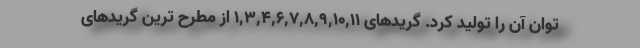
توان آن را تولید کرد. گریدهای 1,3,4,6,7,8,9,10,11 از مطرح ترین گریدهای